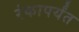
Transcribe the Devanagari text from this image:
रंकापर्यंत